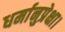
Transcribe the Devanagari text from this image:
धर्मानुप्रेक्षा।